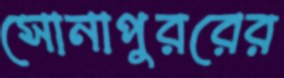
সোনাপুররের